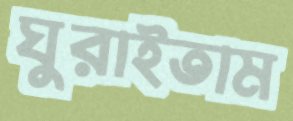
ঘুরাইতাম